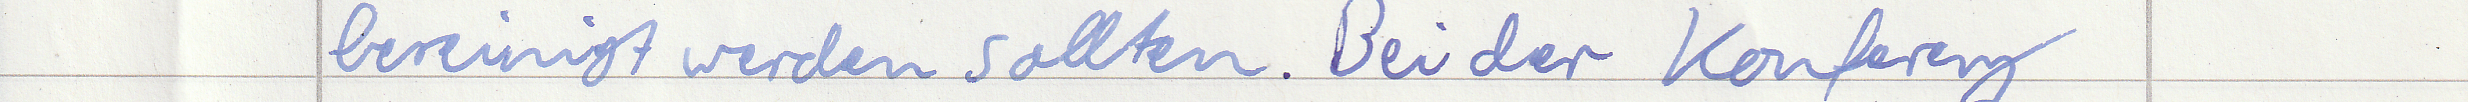
bereinigt werden sollten. Bei der Konferenz